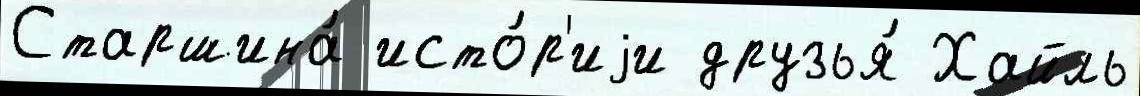
Старшина́ исто́р'иjи друзья́ Хайль